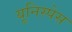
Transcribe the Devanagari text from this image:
यूनिस्पेस